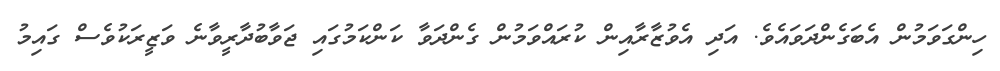
ހިންގަވަމުން އެބަގެންދަވައެވެ. އަދި އެވުޒާރާއިން ކުރައްވަމުން ގެންދަވާ ކަންކަމުގައި ޖަވާބުދާރީވާނެ ވަޒީރަކުވެސް ގައިމު